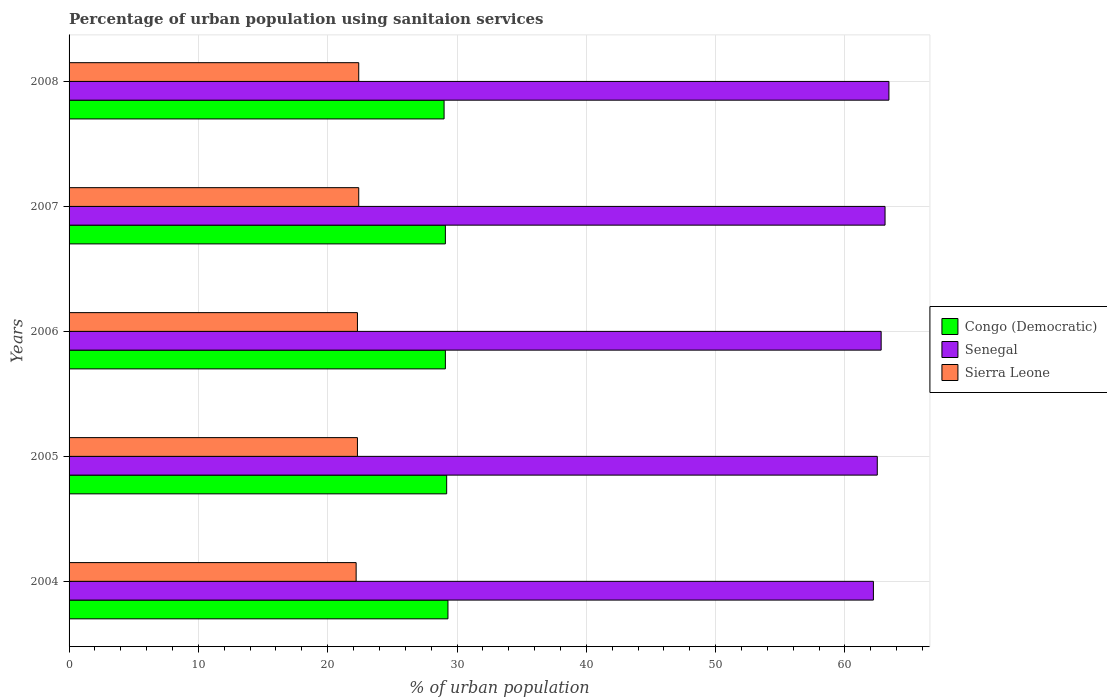
| Years | Congo (Democratic) | Senegal | Sierra Leone |
 | --- | --- | --- | --- |
 | 2004 | 29.3 | 62.2 | 22.2 |
 | 2005 | 29.2 | 62.5 | 22.3 |
 | 2006 | 29.1 | 62.8 | 22.3 |
 | 2007 | 29.1 | 63.1 | 22.4 |
 | 2008 | 29 | 63.4 | 22.4 |